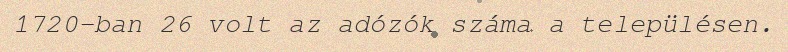
1720-ban 26 volt az adózók száma a településen.